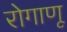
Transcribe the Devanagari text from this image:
रोगाणू